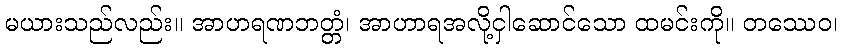
မယားသည်လည်း။ အာဟရဏဘတ္တံ၊ အာဟာရအလို့ငှါဆောင်သော ထမင်းကို။ တဿေဝ၊